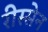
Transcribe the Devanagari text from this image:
रीस्सेन